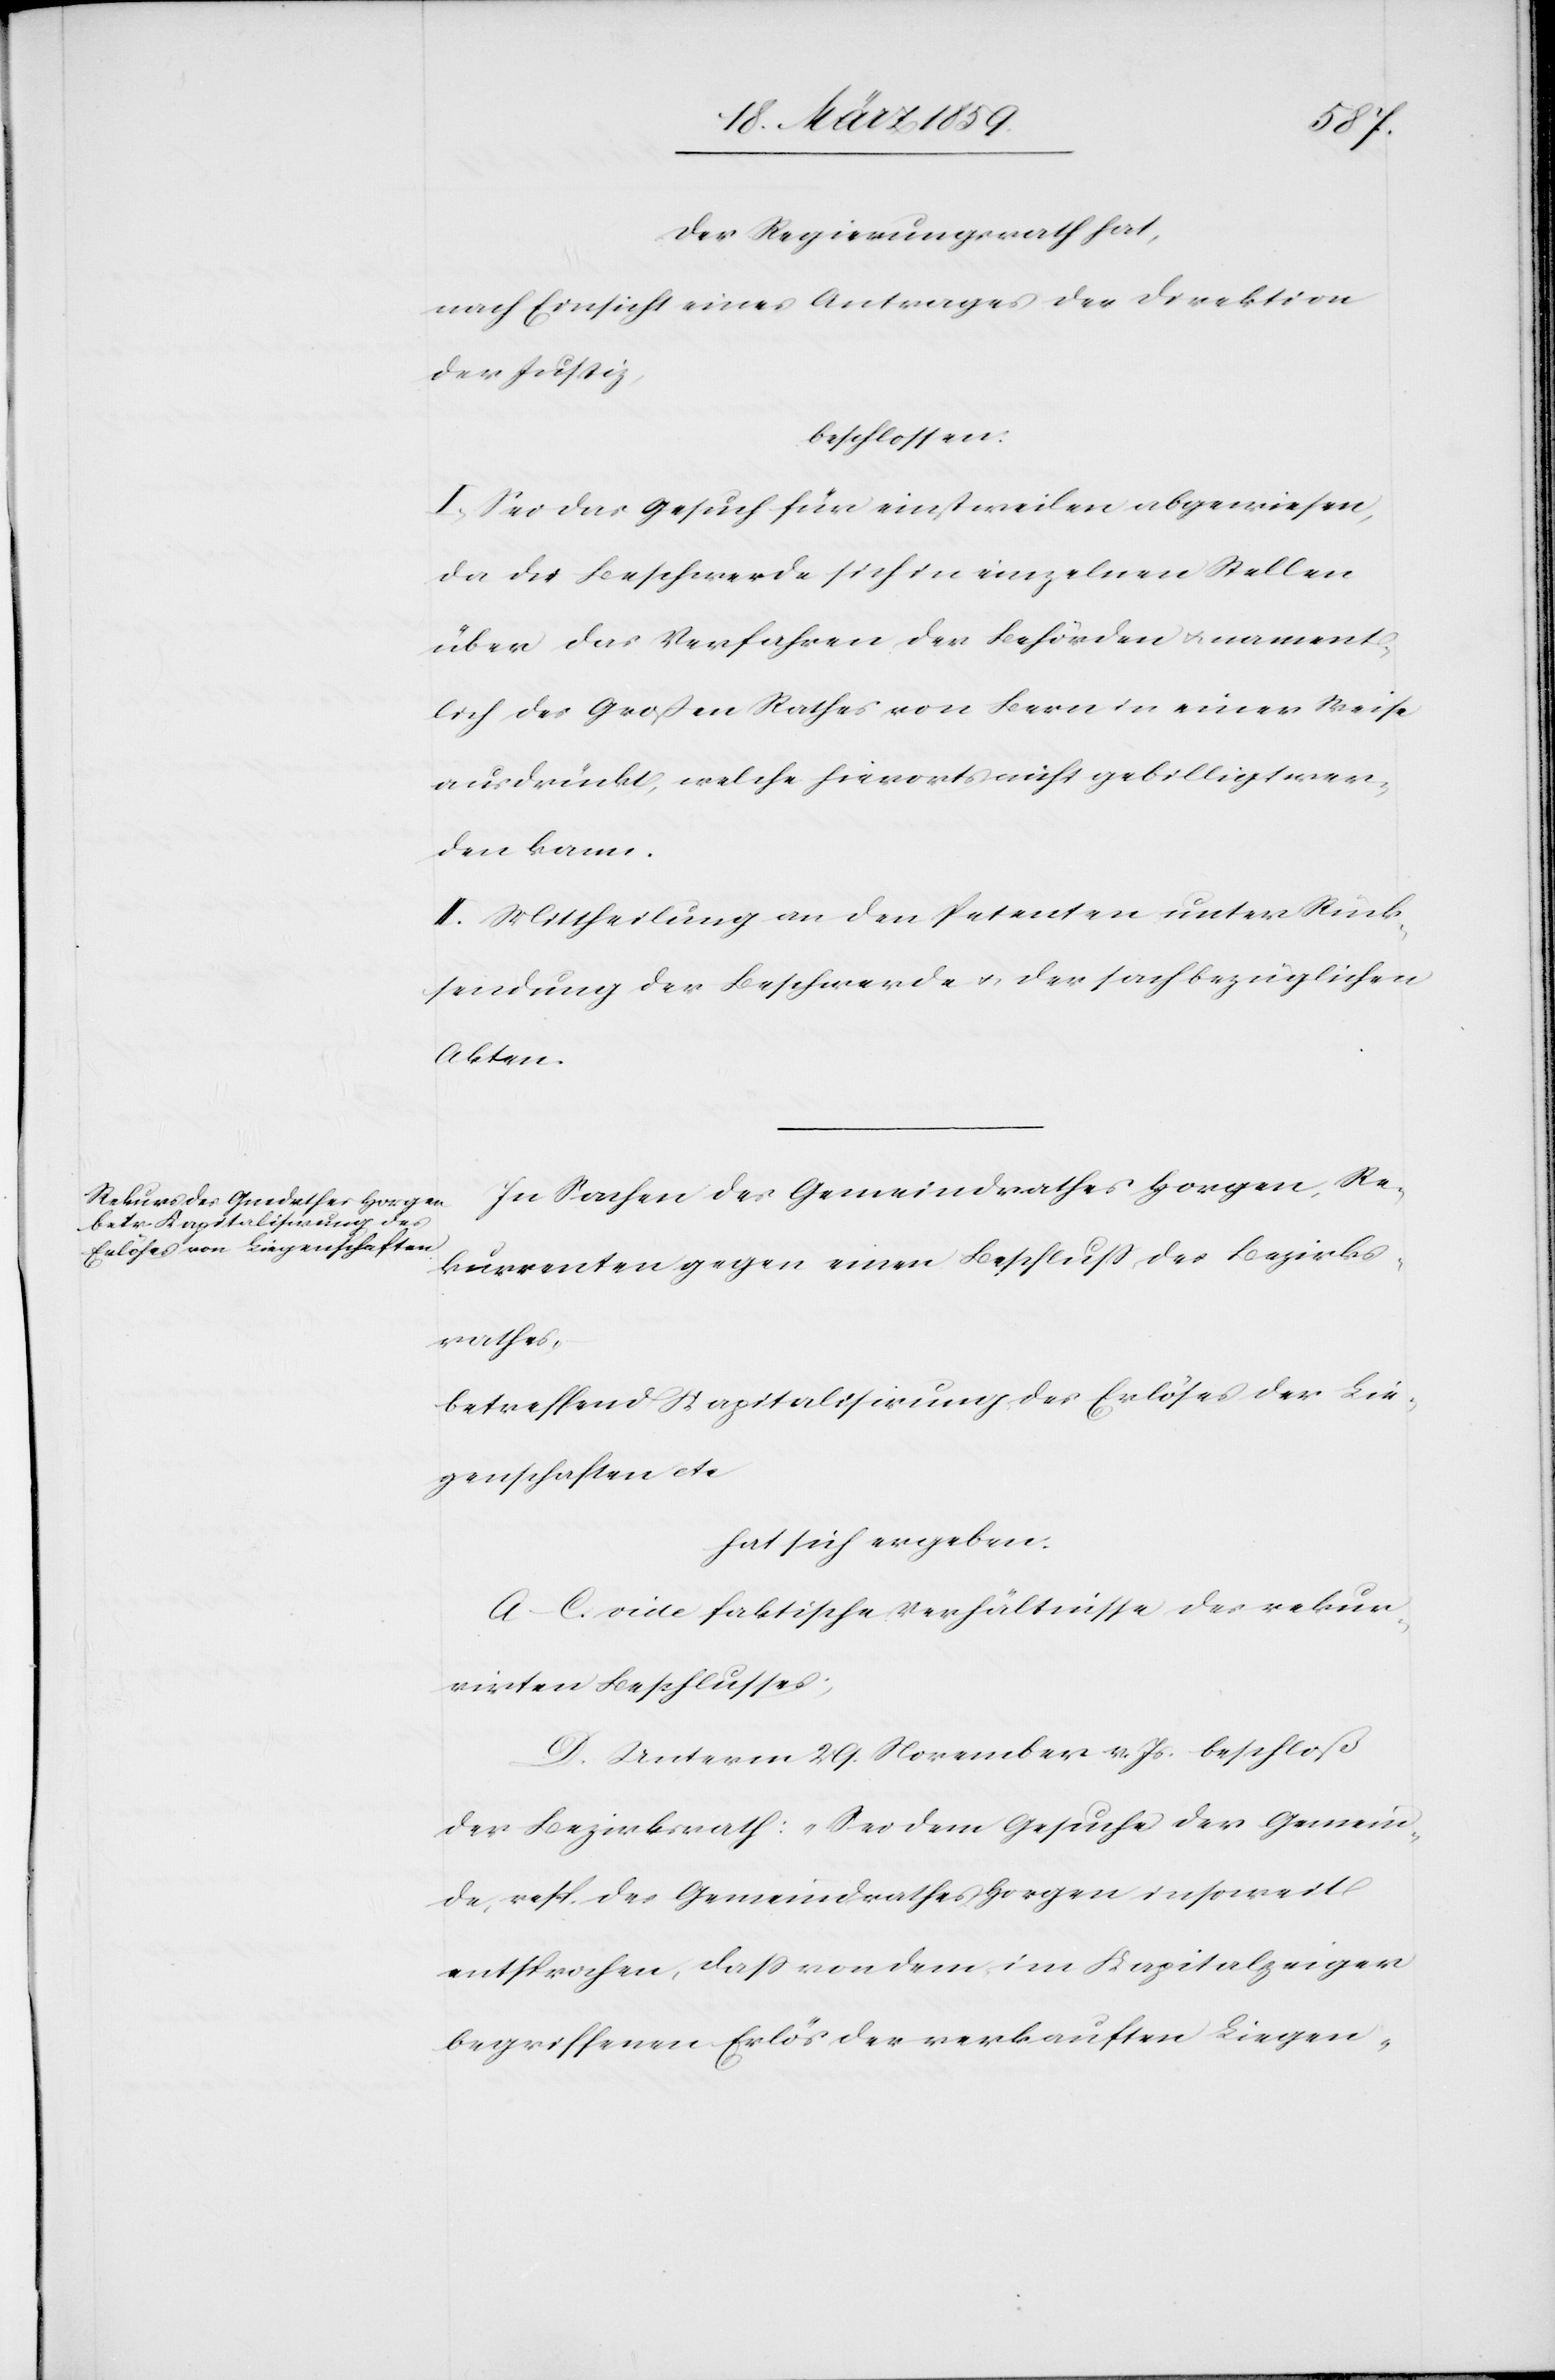
Der Regierungsrath hat,
nach Einsicht eines Antrages der Direktion
der Justiz,
beschlossen:
I. Sei das Gesuch für einstweilen abgewiesen,
da die Beschwerde sich in einzelnen Stellen
über das Verfahren der Behörden u. nament¬
lich des Großen Rathes von Bern in einer Weise
ausdrückt, welche hierorts nicht gebilligt wer¬
den kann.
II. Mittheilung an den Petenten unter Rück¬
sendung der Beschwerde u. der sachbezüglichen
Akten.
In Sachen des Gemeindrathes Horgen, Re¬
kurrenten gegen einen Beschluß des Bezirks¬
rathes,
betreffend Kapitalisirung des Erlöses der Lie¬
genschaften etc
hat sich ergeben:
A–C. vide faktische Verhältnisse des rekur¬
rirten Beschlusses;
D. Unterm 29. November v. Js. beschloß
der Bezirksrath: „Sei dem Gesuche der Gemein¬
de, resp. des Gemeindrathes Horgen insoweit
entsprochen, daß von dem im Kapitalzeiger
begriffenen Erlös der verkauften Liegen-